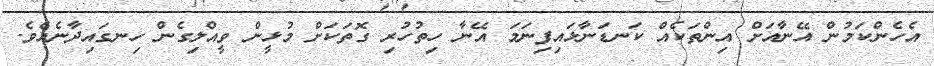
އެހެންކަމުން އޭނާއަށް އިންތަކެއް ކަނޑަނާޅައިފިނަމަ އޭނާ ހިތުހުރި ގޮތަކަށް މުޅީން ވީއްލިގެން ހިނގައިދާނެއެވެ.